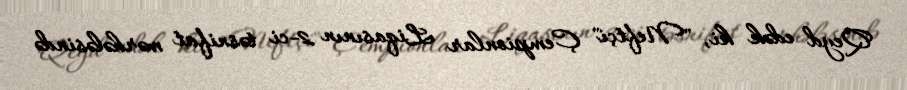
Qeyd edək ki, "Neftçi" Çempionlar Liqasının 2-ci təsnifat mərhələsində